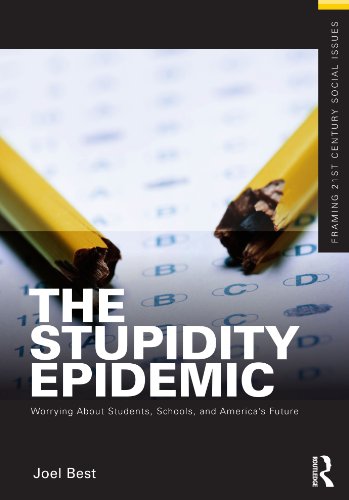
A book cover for The Stupidity Epidemic: Worrying About Students, Schools, and America's Future (Framing 21st Century Social Issues); Joel Best; Crafts, Hobbies & Home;